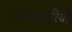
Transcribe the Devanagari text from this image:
दस्तकारियों